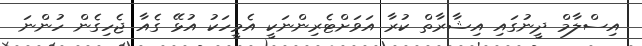
އިސްލާމް ދީނުގައި އިޝާރާތް ކުރާ އަވަށްޓެރިންނަކީ އެމީހަކު އުޅޭ ގެއާ ޖެހިގެން ހުންނަ